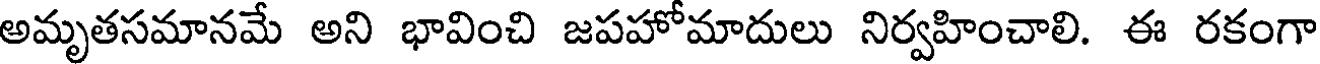
అమృతసమానమే అని భావించి జపహోమాదులు నిర్వహించాలి. ఈ రకంగా